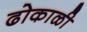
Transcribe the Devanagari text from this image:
ढोकाळी